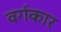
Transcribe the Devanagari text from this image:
वर्गकार